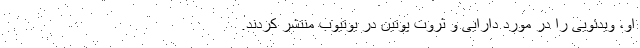
او، ویدئویی را در مورد دارایی و ثروت پوتین در یوتیوب منتشر کردند.